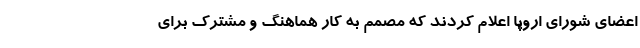
اعضای شورای اروپا اعلام کردند که مصمم به کار هماهنگ و مشترک برای